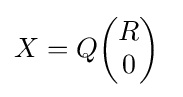
X=Q{\begin{pmatrix}R\\0\end{pmatrix}}\